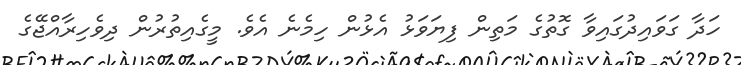
ހަދާ ގަވައިދުގައިވާ ގޮތުގެ މަތިން ފިޔަވަޅު އެޅުން ހިމެނެ އެވެ. މީގެއިތުރުން ދިވެހިރާއްޖޭގެ